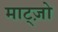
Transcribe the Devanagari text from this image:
माट्ज़ो